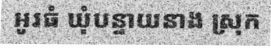
អូរធំ ឃុំបន្ទាយនាង ស្រុក